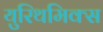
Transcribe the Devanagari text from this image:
युरिथमिक्स